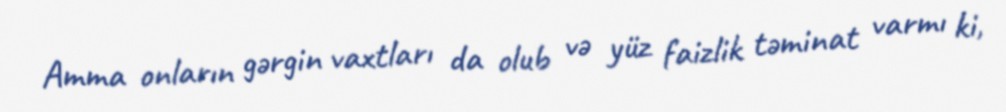
Amma onların gərgin vaxtları da olub və yüz faizlik təminat varmı ki,